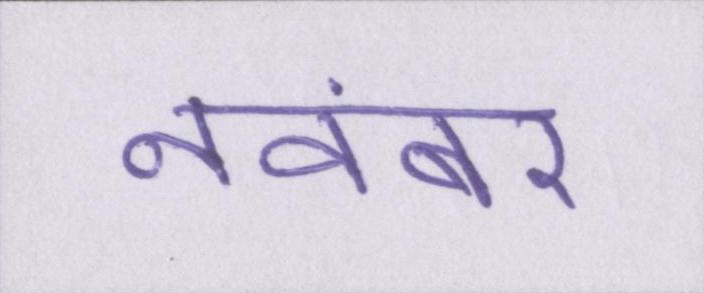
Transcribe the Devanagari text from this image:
नवंबर